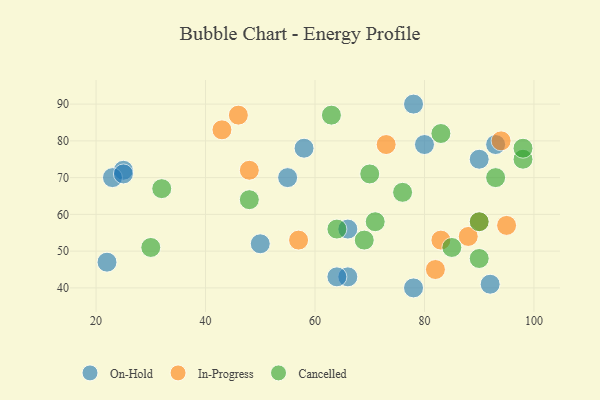
{"axis": {"x": "GDP", "y": "Life Expectancy"}, "legend": ["Cancelled", "In-Progress", "On-Hold"], "data": [{"x": "25", "y": 72, "type": "On-Hold"}, {"x": "92", "y": 41, "type": "On-Hold"}, {"x": "90", "y": 75, "type": "On-Hold"}, {"x": "66", "y": 56, "type": "On-Hold"}, {"x": "55", "y": 70, "type": "On-Hold"}, {"x": "66", "y": 43, "type": "On-Hold"}, {"x": "58", "y": 78, "type": "On-Hold"}, {"x": "64", "y": 43, "type": "On-Hold"}, {"x": "80", "y": 79, "type": "On-Hold"}, {"x": "22", "y": 47, "type": "On-Hold"}, {"x": "93", "y": 79, "type": "On-Hold"}, {"x": "23", "y": 70, "type": "On-Hold"}, {"x": "25", "y": 71, "type": "On-Hold"}, {"x": "78", "y": 90, "type": "On-Hold"}, {"x": "50", "y": 52, "type": "On-Hold"}, {"x": "78", "y": 40, "type": "On-Hold"}, {"x": "82", "y": 45, "type": "In-Progress"}, {"x": "95", "y": 57, "type": "In-Progress"}, {"x": "94", "y": 80, "type": "In-Progress"}, {"x": "48", "y": 72, "type": "In-Progress"}, {"x": "43", "y": 83, "type": "In-Progress"}, {"x": "90", "y": 58, "type": "In-Progress"}, {"x": "57", "y": 53, "type": "In-Progress"}, {"x": "88", "y": 54, "type": "In-Progress"}, {"x": "73", "y": 79, "type": "In-Progress"}, {"x": "83", "y": 53, "type": "In-Progress"}, {"x": "46", "y": 87, "type": "In-Progress"}, {"x": "69", "y": 53, "type": "Cancelled"}, {"x": "85", "y": 51, "type": "Cancelled"}, {"x": "64", "y": 56, "type": "Cancelled"}, {"x": "83", "y": 82, "type": "Cancelled"}, {"x": "90", "y": 58, "type": "Cancelled"}, {"x": "32", "y": 67, "type": "Cancelled"}, {"x": "93", "y": 70, "type": "Cancelled"}, {"x": "98", "y": 75, "type": "Cancelled"}, {"x": "63", "y": 87, "type": "Cancelled"}, {"x": "98", "y": 78, "type": "Cancelled"}, {"x": "76", "y": 66, "type": "Cancelled"}, {"x": "71", "y": 58, "type": "Cancelled"}, {"x": "70", "y": 71, "type": "Cancelled"}, {"x": "48", "y": 64, "type": "Cancelled"}, {"x": "30", "y": 51, "type": "Cancelled"}, {"x": "90", "y": 48, "type": "Cancelled"}]}